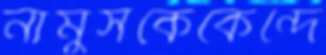
নামুসকেকেন্দে